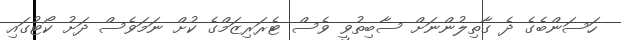
ހަސަންބެގެ ދެ ގާތިލުންނަށް ސާބިތުވީ ވެސް ޓެރަރިޒަމްގެ ކުށް ނަމަވެސް ދަށު ކޯޓުގައި